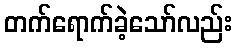
တက်ရောက်ခဲ့သော်လည်း